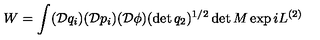
W = \int ( \mathcal { D } q _ { i } ) ( \mathcal { D } p _ { i } ) ( \mathcal { D } \phi ) ( \det q _ { 2 } ) ^ { 1 / 2 } \det M \exp i L ^ { ( 2 ) }